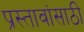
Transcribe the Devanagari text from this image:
प्रस्तावांसाठी